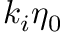
k _ { i } \eta _ { 0 }